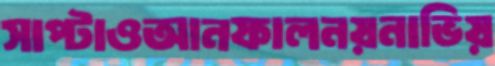
সাপ্‌টাওআনফালনয়নাভিয়